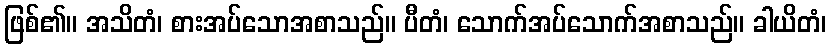
ဖြစ်၏။ အသိတံ၊ စားအပ်သောအစာသည်။ ပီတံ၊ သောက်အပ်သောက်အစာသည်။ ခါယိတံ၊